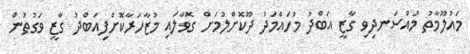
މައުލޫމާތު މުއްސަނދިވި ގާޒީ އަބްދު މުހައްމަދު ދޫކޮށްލުމަށް ގޮވާލައި މުޒާހަރާކޮށްފިއަބްދު ގާޒީ ވަގުތުން